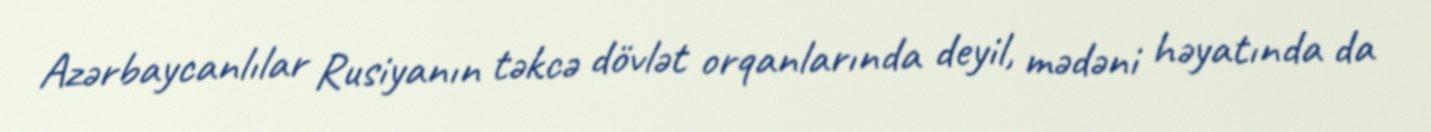
Azərbaycanlılar Rusiyanın təkcə dövlət orqanlarında deyil, mədəni həyatında da